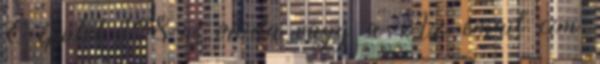
E épület 148-as iroda vagy a Az email cím